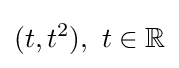
(t,t^{2}),\ t\in \mathbb {R}